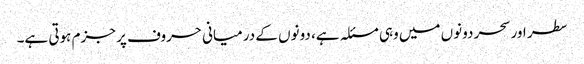
سطر اور سحر دونوں میں وہی مسئلہ ہے، دونوں کے درمیانی حروف پر جزم ہوتی ہے۔